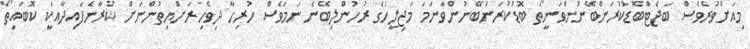
މިއަށްވުރެވެސް ބަޖެޓްބޮޑުކުރަންބޭނުންވަނީތޯ ބޮޑުކުރަންބޭނުންވާނަމަ މަޖިލީހުގެ ރުހުންލިބޭނެ ނަމަވެސް ހުރިހާ ދިވެހިރަށްޔިތުންނަށް ކުރާނެފައިދާއަކީ ކޮބައިތޯ